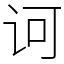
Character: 诃